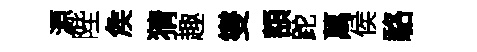
源陛矦猜趣燮額跎萬侯駱